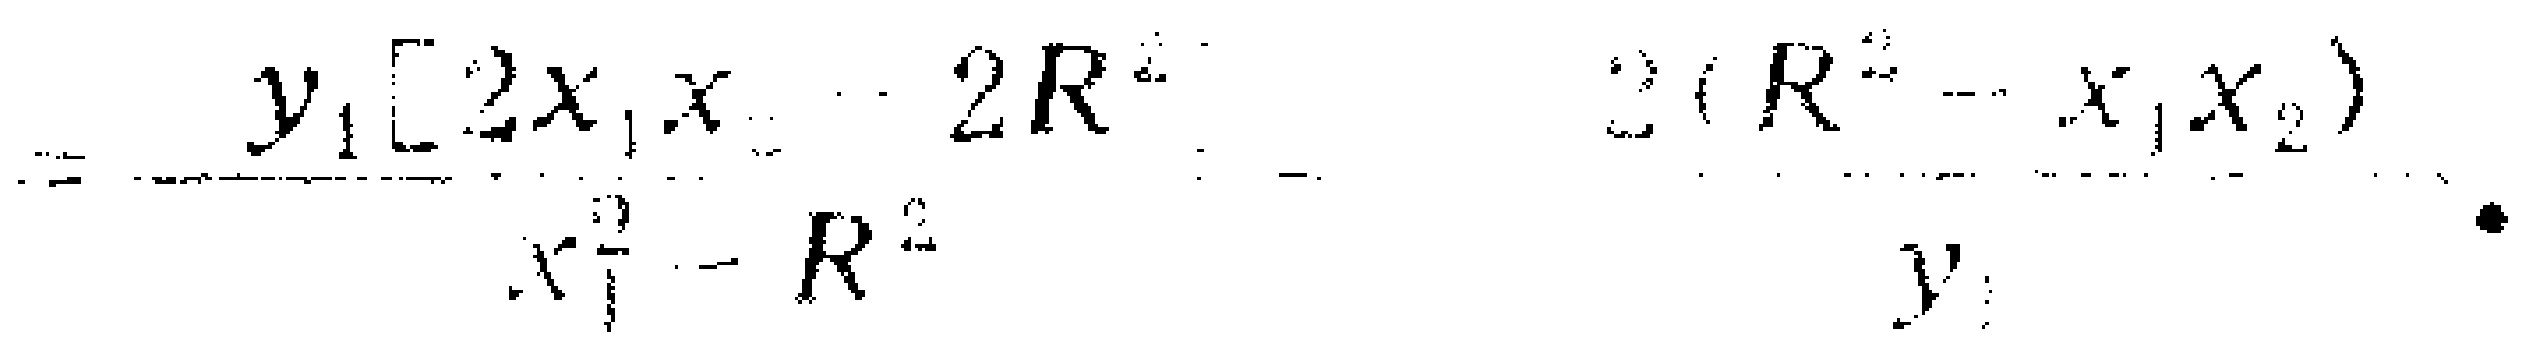
\[=-\frac{y_{1}[2x_{1}x_{2}-2R^{2}]}{x_{1}^{2}-R^{2}}-\frac{2(R^{2}-x_{1}x_{2})}{y_{1}}.\]